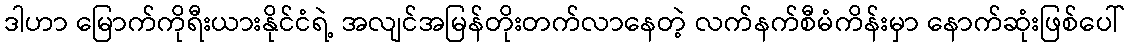
ဒါဟာ မြောက်ကိုရီးယားနိုင်ငံရဲ့ အလျင်အမြန်တိုးတက်လာနေတဲ့ လက်နက်စီမံကိန်းမှာ နောက်ဆုံးဖြစ်ပေါ်